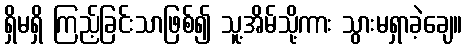
ရှိမရှိ ကြည့်ခြင်းသာဖြစ်၍ သူ့အိမ်သို့ကား သွားမရှာခဲ့ချေ။